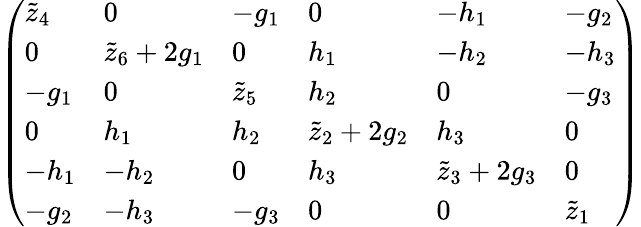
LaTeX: \begin{array}{r}{\left(\begin{array}{llllll}{\tilde{z}_{4}}&{0}&{-{g}_{1}}&{0}&{-{h}_{1}}&{-{g}_{2}}\\ {0}&{\tilde{z}_{6}+2{g}_{1}}&{0}&{{h}_{1}}&{-{h}_{2}}&{-h_{3}}\\ {-{g}_{1}}&{0}&{\tilde{z}_{5}}&{{h}_{2}}&{0}&{-{g}_{3}}\\ {0}&{{h}_{1}}&{{h}_{2}}&{\tilde{z}_{2}+2{g}_{2}}&{{h}_{3}}&{0}\\ {-{h}_{1}}&{-{h}_{2}}&{0}&{{h}_{3}}&{\tilde{z}_{3}+2{g}_{3}}&{0}\\ {-{g}_{2}}&{-{h}_{3}}&{-{g}_{3}}&{0}&{0}&{\tilde{z}_{1}}\end{array}\right)}\end{array}